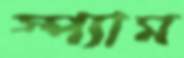
স্প্যাম